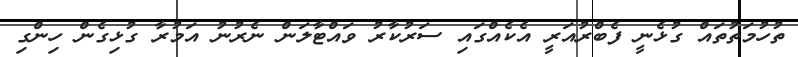
ތުހުމަތުތައް ގުޅެނީ ފެބްރުއަރީ އެކެއްގައި ސަރުކާރު ވައްޓާލަން ނެރުނު އަމުރާ ގުޅިގެން ހިންގި